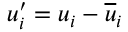
u _ { i } ^ { \prime } = u _ { i } - \overline { { u } } _ { i }